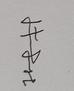
Signature authenticity: genuine